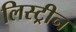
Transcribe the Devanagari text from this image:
लिस्ट्रीन